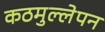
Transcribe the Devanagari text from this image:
कठमुल्लेपन